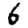
Digit: 6